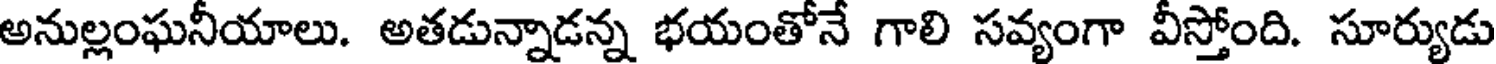
అనుల్లంఘనీయాలు. అతడున్నాడన్న భయంతోనే గాలి సవ్యంగా వీస్తోంది. సూర్యుడు